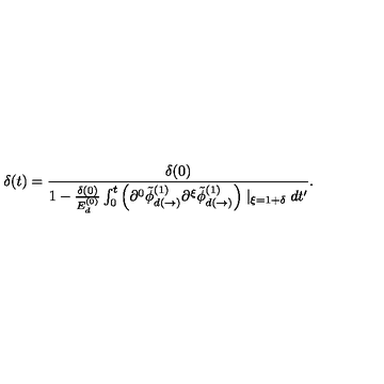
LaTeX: \delta ( t ) = \frac { \delta ( 0 ) } { 1 - \frac { \delta ( 0 ) } { E _ { d } ^ { ( 0 ) } } \int _ { 0 } ^ { t } \left( \partial ^ { 0 } \tilde { \phi } _ { d ( \rightarrow ) } ^ { ( 1 ) } \partial ^ { \xi } \tilde { \phi } _ { d ( \rightarrow ) } ^ { ( 1 ) } \right) \mid _ { \xi = 1 + \delta } d t ^ { \prime } } .